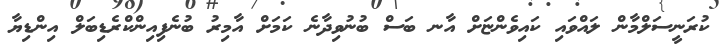
ކުރަނީސަލްމާން ލައްވައި ކައިވެންޏަށް އާނ ބަސް ބުނުވިދާނެ ކަމަށް އާމިރު ބުނެފިއިންކްރެޑިބަލް އިންޑިޔާ